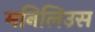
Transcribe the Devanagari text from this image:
मनिलिउस